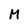
Character: M